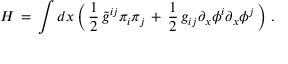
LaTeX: H \, = \, \int d x \left( \, { \frac { 1 } { 2 } } \, \tilde { g } ^ { i j } \pi _ { i } \pi _ { j } \, + \, { \frac { 1 } { 2 } } \, g _ { i j } \partial _ { x } \phi ^ { i } \partial _ { x } \phi ^ { j } \, \right) \, .